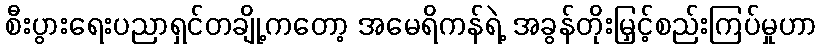
စီးပွားရေးပညာရှင်တချို့ကတော့ အမေရိကန်ရဲ့ အခွန်တိုးမြှင့်စည်းကြပ်မှုဟာ